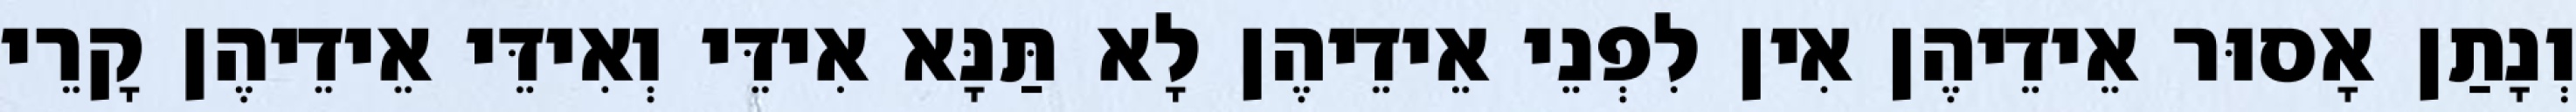
וְנָתַן אָסוּר אֵידֵיהֶן אִין לִפְנֵי אֵידֵיהֶן לָא תַּנָּא אִידֵּי וְאִידֵּי אֵידֵיהֶן קָרֵי